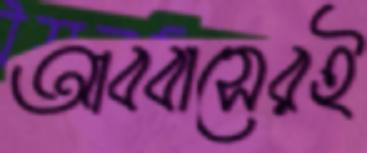
আব্বাসেরই